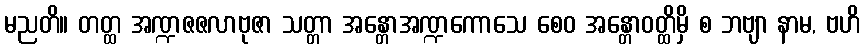
မညတိ။ တတ္ထ အဏ္ဍဇဇလာဗုဇာ သတ္တာ အန္တောအဏ္ဍကောသေ စေဝ အန္တောဝတ္ထိမှိ စ ဘဗျာ နာမ, ဗဟိ